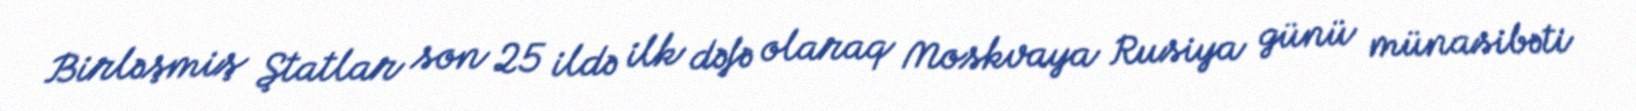
Birləşmiş Ştatlar son 25 ildə ilk dəfə olaraq Moskvaya Rusiya günü münasibəti